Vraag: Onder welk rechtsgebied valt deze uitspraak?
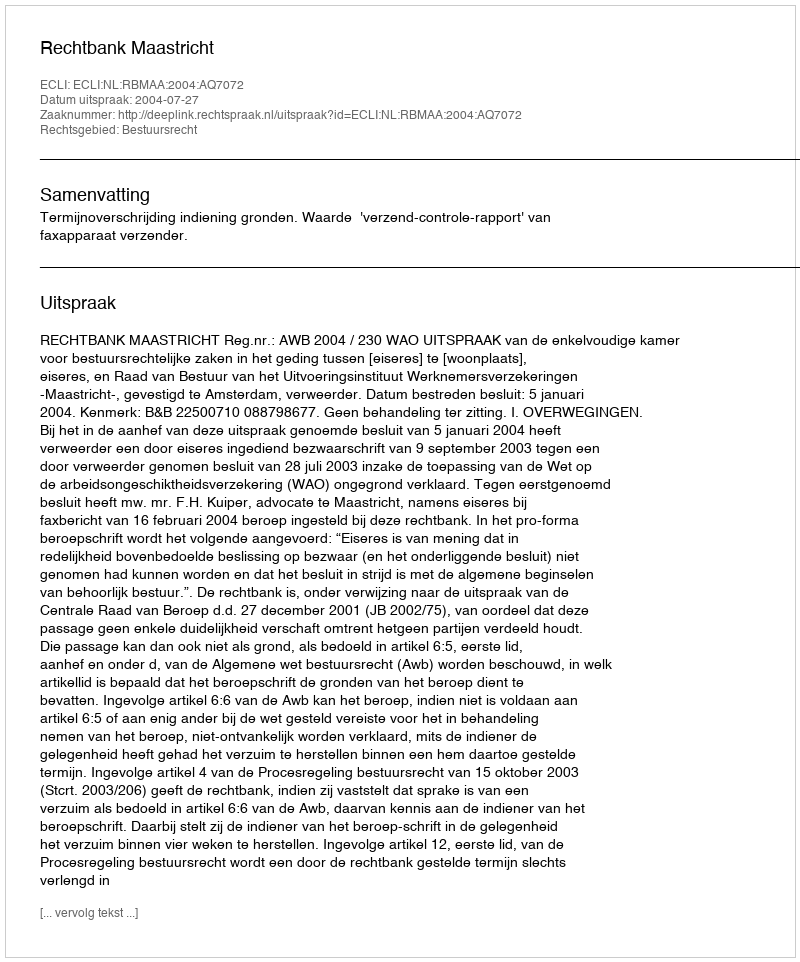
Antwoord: Bestuursrecht